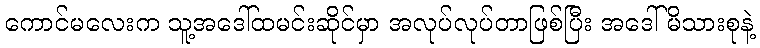
ကောင်မလေးက သူ့အဒေါ်ထမင်းဆိုင်မှာ အလုပ်လုပ်တာဖြစ်ပြီး အဒေါ် မိသားစုနဲ့